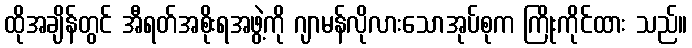
ထိုအချိန်တွင် အီရတ်အစိုးရအဖွဲ့ကို ဂျာမန်လိုလားသောအုပ်စုက ကြိုးကိုင်ထား သည်။